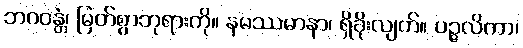
ဘဂဝန္တံ၊ မြတ်စွာဘုရားကို။ နမဿမာနာ၊ ရှိခိုးလျက်။ ပဉ္ဇလိကာ၊